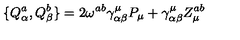
\{ Q _ { \alpha } ^ { a } , Q _ { \beta } ^ { b } \} = 2 \omega ^ { a b } \gamma _ { \alpha \beta } ^ { \mu } P _ { \mu } + \gamma _ { \alpha \beta } ^ { \mu } Z _ { \mu } ^ { a b }